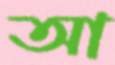
আ